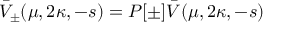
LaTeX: \bar { V } _ { \pm } ( \mu , 2 \kappa , - s ) = P [ \pm ] \bar { V } ( \mu , 2 \kappa , - s )